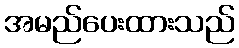
အမည်ပေးထားသည်